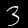
Label: 3